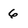
Character: 6